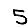
Digit: 5